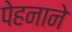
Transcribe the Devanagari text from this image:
पेहनाने